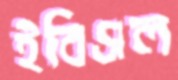
ইবিএল